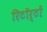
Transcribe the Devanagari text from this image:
रिटॉर्टों